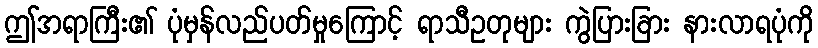
ဤအရာကြီး၏ ပုံမှန်လည်ပတ်မှုကြောင့် ရာသီဥတုများ ကွဲပြားခြား နားလာရပုံကို